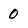
Character: 0